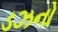
ડઝનો